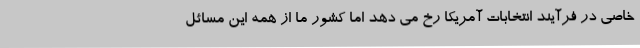
خاصی در فرآیند انتخابات آمریکا رخ می دهد اما کشور ما از همه این مسائل